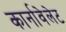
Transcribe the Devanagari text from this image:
कार्नावेलेट